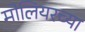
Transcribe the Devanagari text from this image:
मोलियरच्या